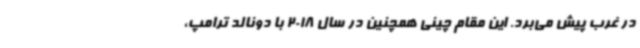
در غرب پیش می‌برد. این مقام چینی همچنین در سال 2018 با دونالد ترامپ،